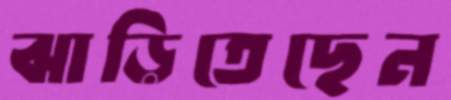
ঝাড়িতেছেন